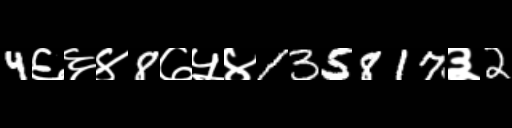
Text: 4६६४8७५४135817३2